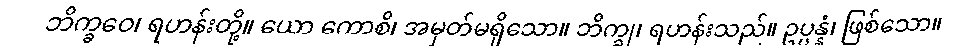
ဘိက္ခဝေ၊ ရဟန်းတို့။ ယော ကောစိ၊ အမှတ်မရှိသော။ ဘိက္ခု၊ ရဟန်းသည်။ ဥပ္ပန္နံ၊ ဖြစ်သော။